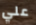
علي